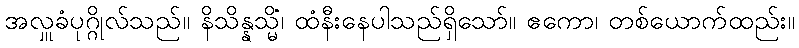
အလှူခံပုဂ္ဂိုလ်သည်။ နိသိန္နသ္မိံ၊ ထံနီးနေပါသည်ရှိသော်။ ဧကော၊ တစ်ယောက်ထည်း။